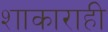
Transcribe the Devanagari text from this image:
शाकाराही